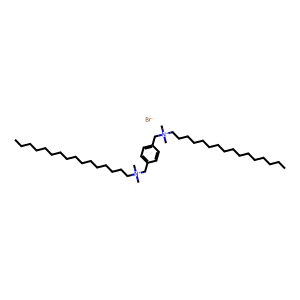
SMILES: CCCCCCCCCCCCCCCC[N+](C)(C)Cc1ccc(C[N+](C)(C)CCCCCCCCCCCCCCCC)cc1.[Br-]
Inhibits HIV replication: No